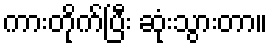
ကားတိုက်ပြီး ဆုံးသွားတာ။